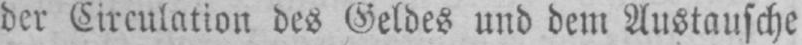
der Circulation des Geldes und dem Austausche